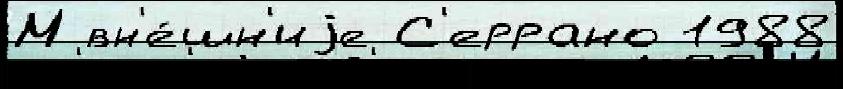
М вн'е́шн'иjе С'еррано 1988